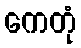
ကေတုံ